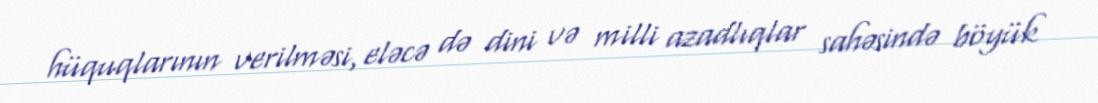
hüquqlarının verilməsi, eləcə də dini və milli azadlıqlar sahəsində böyük